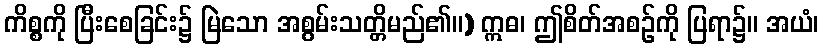
ကိစ္စကို ပြီးစေခြင်း၌ မြဲသော အစွမ်းသတ္တိမည်၏။) ဣဓ၊ ဤစိတ်အစဉ်ကို ပြရာ၌။ အယံ၊